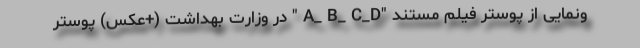
ونمایی از پوستر فیلم مستند "A_ B_ C_D " در وزارت بهداشت (+عکس) پوستر